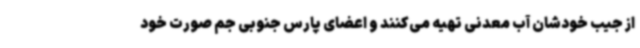
از جیب خودشان آب معدنی تهیه می‌کنند و اعضای پارس جنوبی جم صورت خود